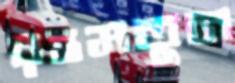
রহমতুন